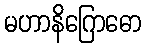
မဟာနိဂြောဓော